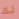
لك